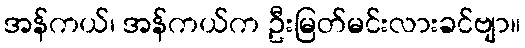
အန်ကယ်၊ အန်ကယ်က ဦးမြတ်မင်းလားခင်ဗျာ။